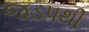
જડપથી